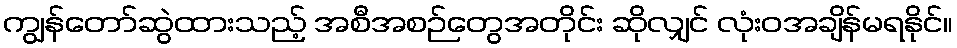
ကျွန်တော်ဆွဲထားသည့် အစီအစဉ်တွေအတိုင်း ဆိုလျှင် လုံးဝအချိန်မရနိုင်။